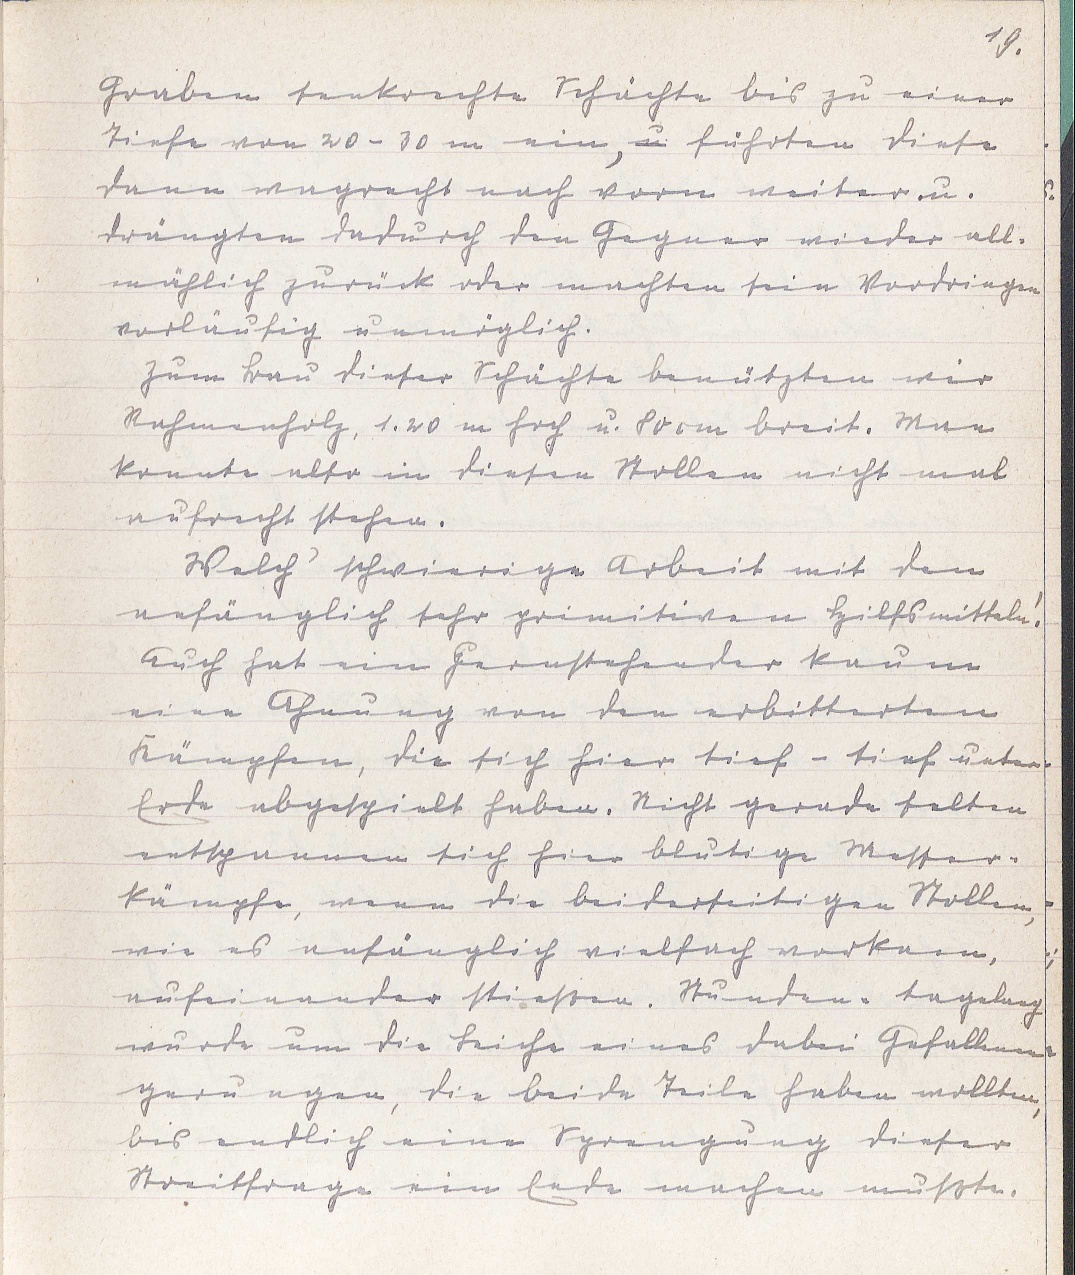
19.
Graben senkrechte Schächte bis zu einer
Tiefe von 20 - 30 m ein ui führten diese
dann wagrecht nach vorn weiter u.
drängten dadurch den Gegner wieder all¬
mählich zurück oder machten sein Vordringen
vorläufig unmöglich.
zum Bau dieser Schächte benützten wir
Rahmenholz, 1. 20 m hoch u. 800m breit. Man
konnte also in diesen Stollen nicht mal
aufrecht stehen.
Welch schwierige Arbeit mit den
anfänglich sehr primitiven Hilfsmitteln.
Auch hat ein Fernstehender kaum
eine Ahnung von den erbitterten
Kämpfen, die sich hier tief - tief unter
Erde abgespielt haben. Nicht gerade selten
entspannen sich hier blutige Messer¬
kämpfe, wenn die beiderseitigen Stollen,
wie es anfänglich vielfach vorkam,
aufeinander stießen. Stunden- tagelang
wurde um die Leiche eines dabei Gefallnn
gerungen, die beide Teile haben wollten
bes endlich eine Sprengung dieser
Streitfrage ein Ende machen mußte.